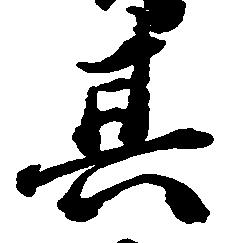
其